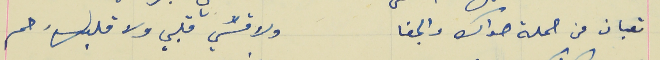
تعبان من حملة هواك والجفا                                            ولا قسَي قلبي ولا قلبك رحم